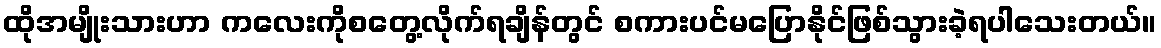
ထိုအမျိုးသားဟာ ကလေးကိုစတွေ့လိုက်ရချိန်တွင် စကားပင်မပြောနိုင်ဖြစ်သွားခဲ့ရပါသေးတယ်။